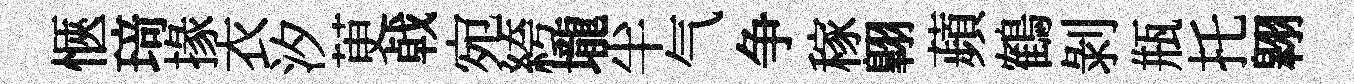
愜𤦺掾衣汐茰㦸宛絝壠半气争稼翺蘋鶴剝瓶托翱